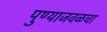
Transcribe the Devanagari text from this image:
पुण्याजवळचा